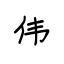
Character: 伟